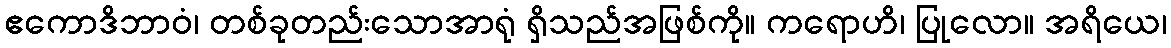
ဧကောဒိဘာဝံ၊ တစ်ခုတည်းသောအာရုံ ရှိသည်အဖြစ်ကို။ ကရောဟိ၊ ပြုလော။ အရိယေ၊